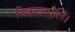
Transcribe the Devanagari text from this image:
चित्रकारपुलि।